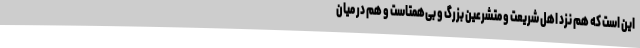
این است که هم نزد اهل شریعت و متشرعین بزرگ و بی‌همتاست و هم در میان